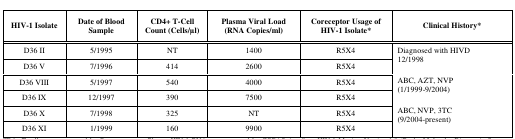
| HIV-1 Isolate | Date of Blood Sample | CD4+ T-Cell Count (Cells/μl) | Plasma Viral Load (RNA Copies/ml) | Coreceptor Usage of HIV-1 Isolate* | Clinical History* |
 | --- | --- | --- | --- | --- | --- |
 | D36 II | 5/1995 | NT | 1400 | R5X4 | <ROWSPAN=2> Diagnosed with HIVD 12/1998 |
 | D36 V | 7/1996 | 414 | 2600 | R5X4 |
 | D36 VIII | 5/1997 | 540 | 4000 | R5X4 | <ROWSPAN=2> ABC, AZT, NVP (1/1999-9/2004) |
 | D36 IX | 12/1997 | 390 | 7500 | R5X4 |
 | D36 X | 7/1998 | 325 | NT | R5X4 | <ROWSPAN=2> ABC, NVP, 3TC (9/2004-present) |
 | D36 XI | 1/1999 | 160 | 9900 | R5X4 |